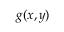
g ( x , y )